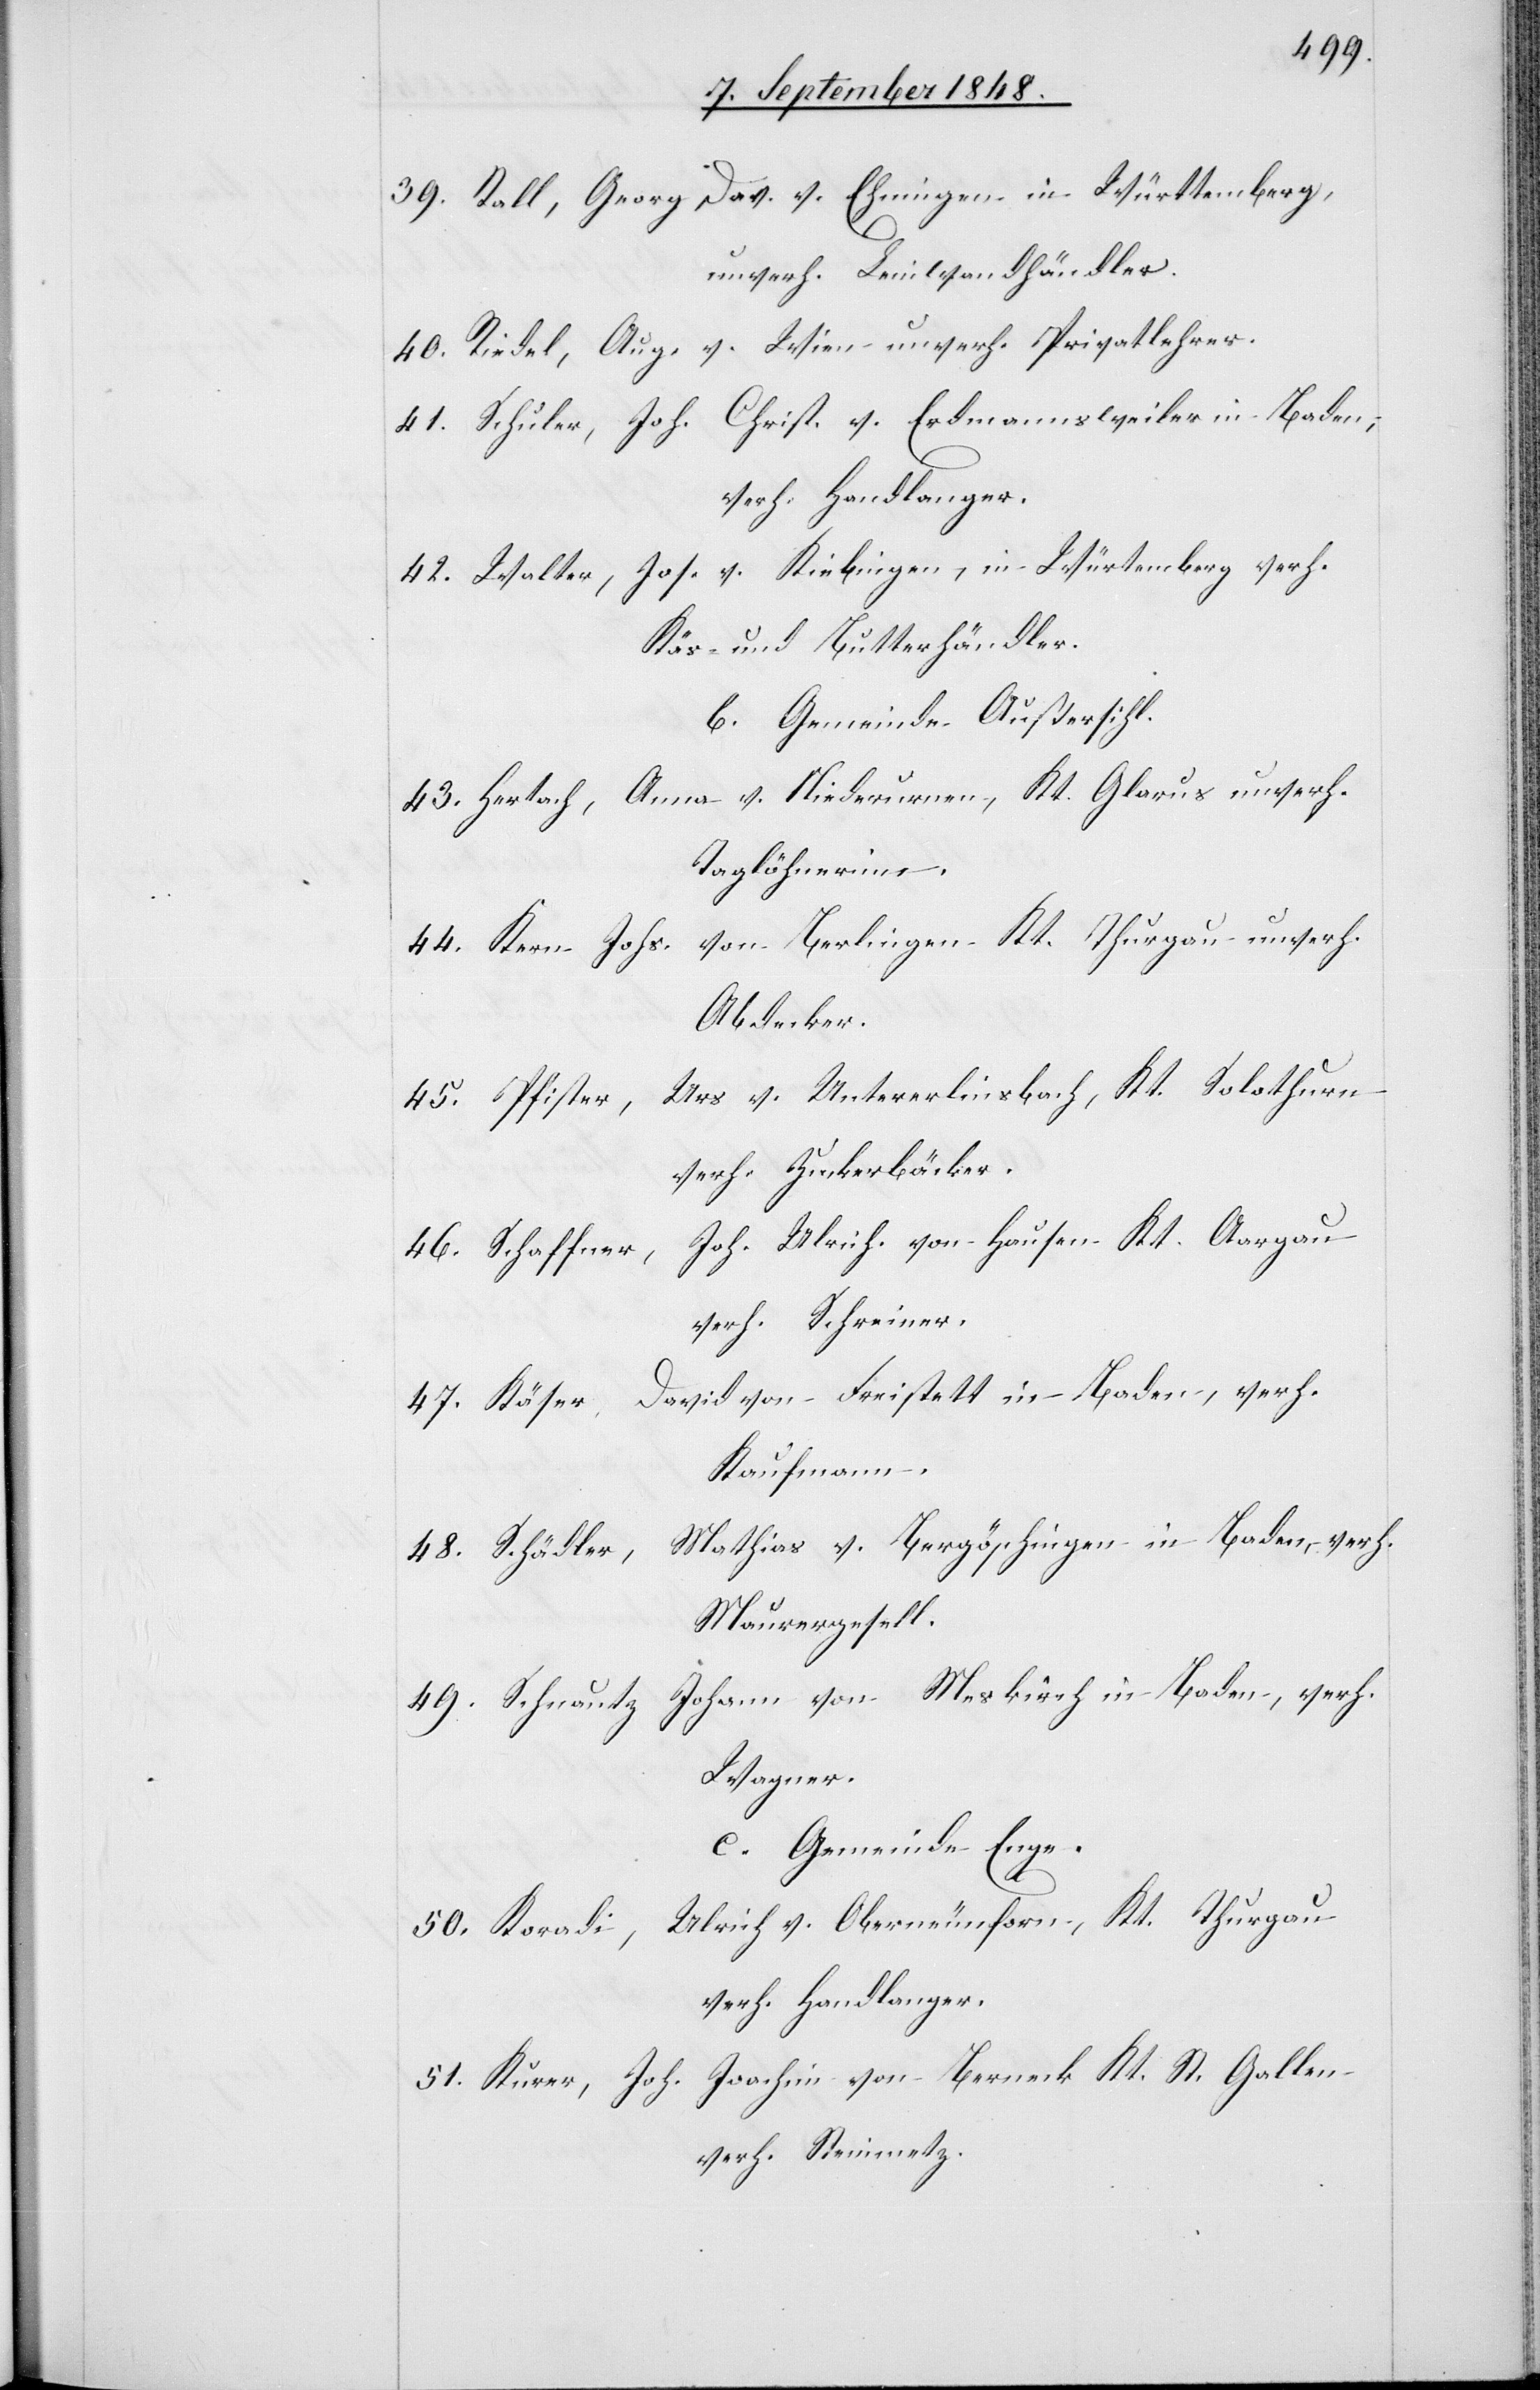
39. Rall, Georg Dav. v. Ehningen in Württemberg,
unverh. Leinwandhändler.
40. Riedel, Aug. v. Wien unverh. Privatlehrer.
41. Schuler, Joh. Christ. v. Erdmannsweiler in Baden;
verh. Handlanger.
42. Walter, Jos. v. Kiebingen, in Würtemberg verh.
Käs- und Butterhändler.
b. Gemeinde Außersihl.
Anna v. Niederurnen, Kt. Glarus unverh.
43. Hertach,
Taglöhnerinn.
44. Kern Johs. von Berlingen Kt. Thurgau unverh.
Abdecker.
45. Pfister, Urs v. Untererlinsbach, Kt. Solothurn
verh. Zuckerbäcker.
Joh. Ulrich. von Hausen Kt. Aargau
46. Schaffner,
verh. Schreiner.
David von Freistett in Baden, verh.
47. Käser,
Kaufmann.
Mathias v. Bergöschingen in Baden, verh.
48. Schädler,
Maurergesell.
49. Schnautz, Johann von Meskirch in Baden, verh.
Wagner.
c. Gemeinde Enge.
Ulrich v. Oberneunforn, Kt. Thurgau
50. Koradi,
verh. Handlanger.
51. Kurer, Joh. Joachim von Berneck Kt. St. Gallen
verh. Steinmetz.